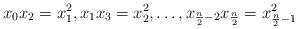
LaTeX: \begin{align*}x_0x_2 = x_1^2, x_1x_3 = x_2^2,\dots, x_{\frac{n}{2}-2} x_{\frac{n}{2}} = x_{\frac{n}{2}-1}^2\end{align*}